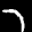
Label: 7